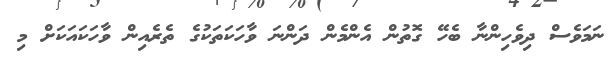
ނަމަވެސް ދިވެހިންނާ ބެހޭ ގޮތުން އެންމެން ދަންނަ ވާހަކަތަކުގެ ތެރެއިން ވާހަކައަކަށް މި